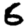
Digit: 6